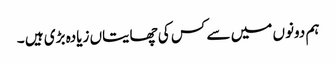
ہم دونوں میں سے کس کی چھایتاں زیادہ بڑی ہیں ۔